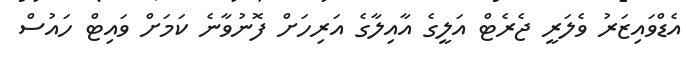
އެޑްވައިޒަރު ވެލަރީ ޖެރެޓް އަލީގެ އާއިލާގެ އަރިހަށް ފޮނުވާނެ ކަމަށް ވައިޓް ހައުސް